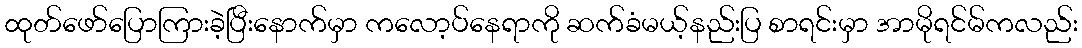
ထုတ်ဖော်ပြောကြားခဲ့ပြီးနောက်မှာ ကလော့ပ်နေရာကို ဆက်ခံမယ့်နည်းပြ စာရင်းမှာ အာမိုရင်မ်ကလည်း